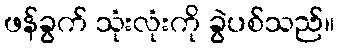
ဖန်ခွက် သုံးလုံးကို ခွဲပစ်သည်။